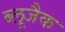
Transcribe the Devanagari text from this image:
ब्लूजैक